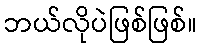
ဘယ်လိုပဲဖြစ်ဖြစ်။